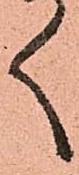
く